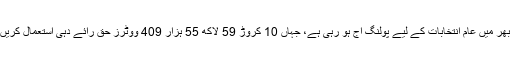
ملک بھر میں عام انتخابات کے لیے پولنگ آج ہو رہی ہے، جہاں 10 کروڑ 59 لاکھ 55 ہزار 409 ووٹرز حق رائے دہی استعمال کریں گے۔